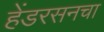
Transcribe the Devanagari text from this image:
हेंडरसनचा